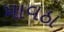
માવઠા